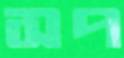
সপ